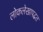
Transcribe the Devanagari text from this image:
लोकलेखापद्धत